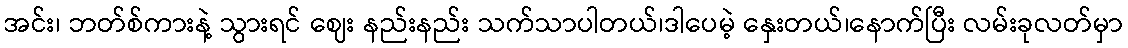
အင်း၊ ဘတ်စ်ကားနဲ့ သွားရင် ဈေး နည်းနည်း သက်သာပါတယ်၊ဒါပေမဲ့ နှေးတယ်၊နောက်ပြီး လမ်းခုလတ်မှာ